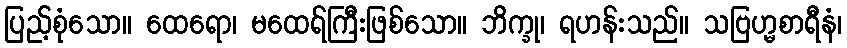
ပြည့်စုံသော။ ထေရော၊ မထေရ်ကြီးဖြစ်သော။ ဘိက္ခု၊ ရဟန်းသည်။ သဗြဟ္မစာရီနံ၊